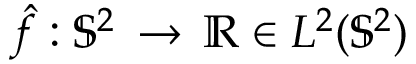
\hat { f } : \mathbb { S } ^ { 2 } \, \rightarrow \, \mathbb { R } \in L ^ { 2 } ( \mathbb { S } ^ { 2 } )